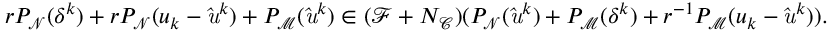
r P _ { \mathrm { \mathcal { N } } } ( \delta ^ { k } ) + r P _ { \mathrm { \mathcal { N } } } ( u _ { k } - \mathit { \hat { u } } ^ { k } ) + P _ { \mathrm { \mathcal { M } } } ( \mathit { \hat { u } } ^ { k } ) \in ( \mathrm { \mathcal { F } } + N _ { \mathrm { \mathcal { C } } } ) ( P _ { \mathrm { \mathcal { N } } } ( \mathit { \hat { u } } ^ { k } ) + P _ { \mathrm { \mathcal { M } } } ( \delta ^ { k } ) + r ^ { - 1 } P _ { \mathrm { \mathcal { M } } } ( u _ { k } - \mathit { \hat { u } } ^ { k } ) ) .